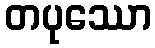
တပုဿော